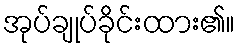
အုပ်ချုပ်ခိုင်းထား၏။